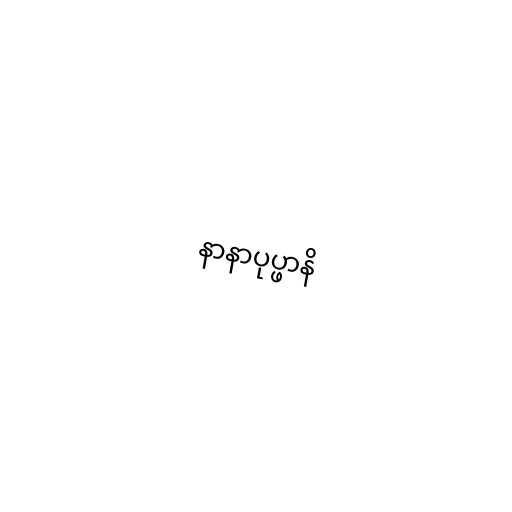
နာနာပုပ္ဖာနိ